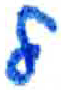
אות: ל